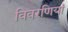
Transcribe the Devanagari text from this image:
विवरणियां